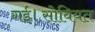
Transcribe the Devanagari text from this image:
गई।सोवियत